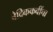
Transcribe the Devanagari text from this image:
वैदिककवींचा